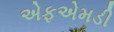
એફએમડી